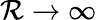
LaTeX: \mathcal{R}\rightarrow\infty